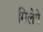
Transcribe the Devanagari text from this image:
मिलेगे